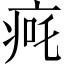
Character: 𬏨